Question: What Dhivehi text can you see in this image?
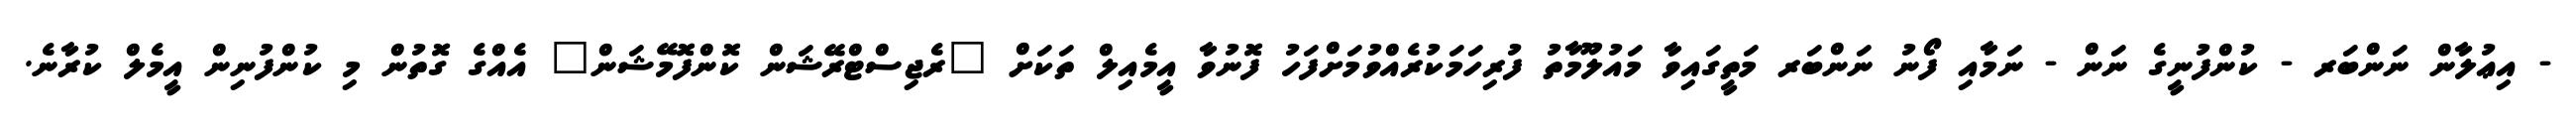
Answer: - އިޢުލާން ނަންބަރ - ކުންފުނީގެ ނަން - ނަމާއި ފޯނު ނަންބަރ މަތީގައިވާ މައުލޫމާތު ފުރިހަމަކުރެއްވުމަށްފަހު ފޮނުވާ އީމެއިލް ތަކަށް "ރެޖިސްޓްރޭޝަން ކޮންފޮމޭޝަން" އެއްގެ ގޮތުން މި ކުންފުނިން އީމެލް ކުރާނެ.